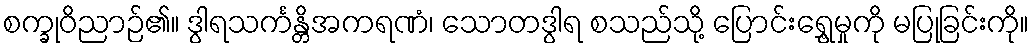
စက္ခုဝိညာဉ်၏။ ဒွါရသင်္ကန္တိအကရဏံ၊ သောတဒွါရ စသည်သို့ ပြောင်းရွှေ့မှုကို မပြုခြင်းကို။